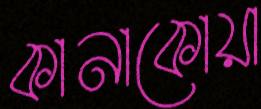
কানাকোয়া